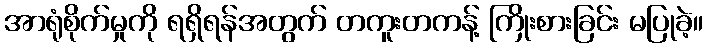
အာရုံစိုက်မှုကို ရရှိရန်အတွက် တကူးတကန့် ကြိုးစားခြင်း မပြုခဲ့။